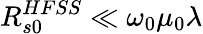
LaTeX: R_{s0}^{HFSS}\ll\omega_{0}\mu_{0}\lambda